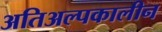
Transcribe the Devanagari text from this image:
अतिअल्पकालीन